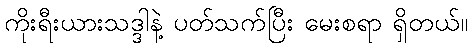
ကိုးရီးယားသဒ္ဒါနဲ့ ပတ်သက်ပြီး မေးစရာ ရှိတယ်။